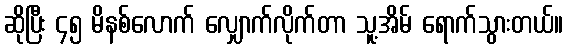
ဆိုပြီး ၄၅ မိနစ်လောက် လျှောက်လိုက်တာ သူ့အိမ် ရောက်သွားတယ်။